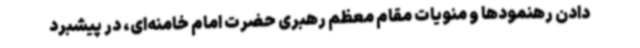
دادن رهنمودها و منویات مقام معظم رهبری حضرت امام خامنه‌ای، در پیشبرد